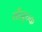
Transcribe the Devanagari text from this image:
सौचुरूक